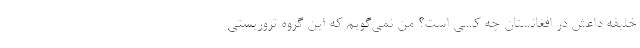
خليفه داعش در افغانستان چه كسي است؟ من نمي‌گويم كه اين گروه تروريستي